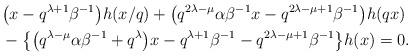
LaTeX: \begin{align*}&\big(x-q^{\lambda+1}\beta^{-1}\big)h(x/q) + \big(q^{2\lambda-\mu}\alpha\beta^{-1}x-q^{2\lambda-\mu+1}\beta^{-1}\big)h(qx) \\&{}-\big\{ \big(q^{\lambda-\mu}\alpha\beta^{-1}+q^{\lambda}\big)x-q^{\lambda+1}\beta^{-1} - q^{2\lambda-\mu+1}\beta^{-1}\big\}h(x)=0.\end{align*}